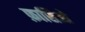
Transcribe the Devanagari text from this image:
फ़ासिओ